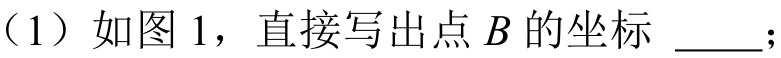
（1）如图1，直接写出点\(B\)的坐标 \_\_\_.